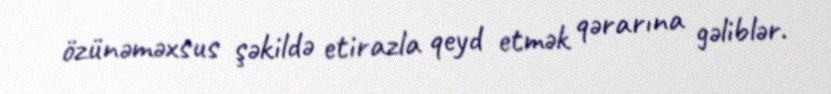
özünəməxsus şəkildə etirazla qeyd etmək qərarına gəliblər.